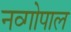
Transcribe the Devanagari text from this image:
नव्गोपाल